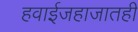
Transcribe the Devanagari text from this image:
हवाईजहाजातही